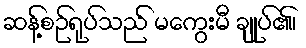
ဆန့်စဉ်ရုပ်သည် မကွေးမီ ချုပ်၏၊